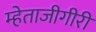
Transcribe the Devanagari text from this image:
म्हेताजीगीरी